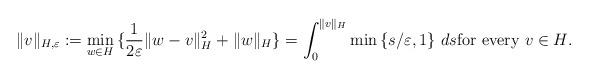
LaTeX: \begin{align*} \| v \|_{H, \varepsilon} := \min_{w \in H}{\{ \frac{1}{2\varepsilon} \| w-v \|^2_H + \| w \|_H \}} = \int_0^{\| v \|_H} \min{\{ s/ \varepsilon, 1 \}} \ ds\textrm{for every $v \in H$}.\end{align*}